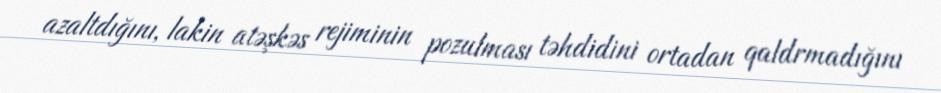
azaltdığını, lakin atəşkəs rejiminin pozulması təhdidini ortadan qaldrmadığını